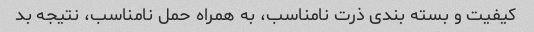
کیفیت و بسته بندی ذرت نامناسب، به همراه حمل نامناسب، نتیجه بد